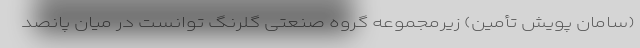
(سامان پویش تأمین) زیرمجموعه گروه صنعتی گلرنگ توانست در میان پانصد